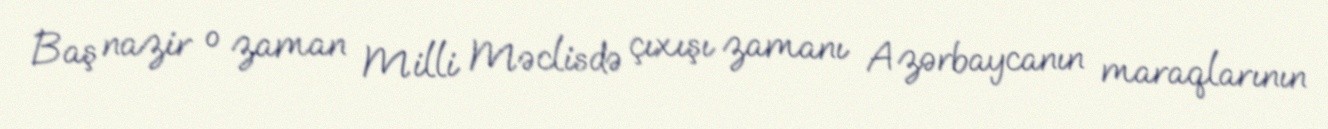
Baş nazir o zaman Milli Məclisdə çıxışı zamanı Azərbaycanın maraqlarının